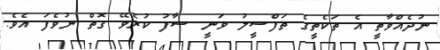
ނުދެއްވާތީ އެ ތަކެތީގެ ތަފްސީލު ވަނީ ސާފު ކުރެވޭ ގޮތް ނުވެފަ އެވެ.